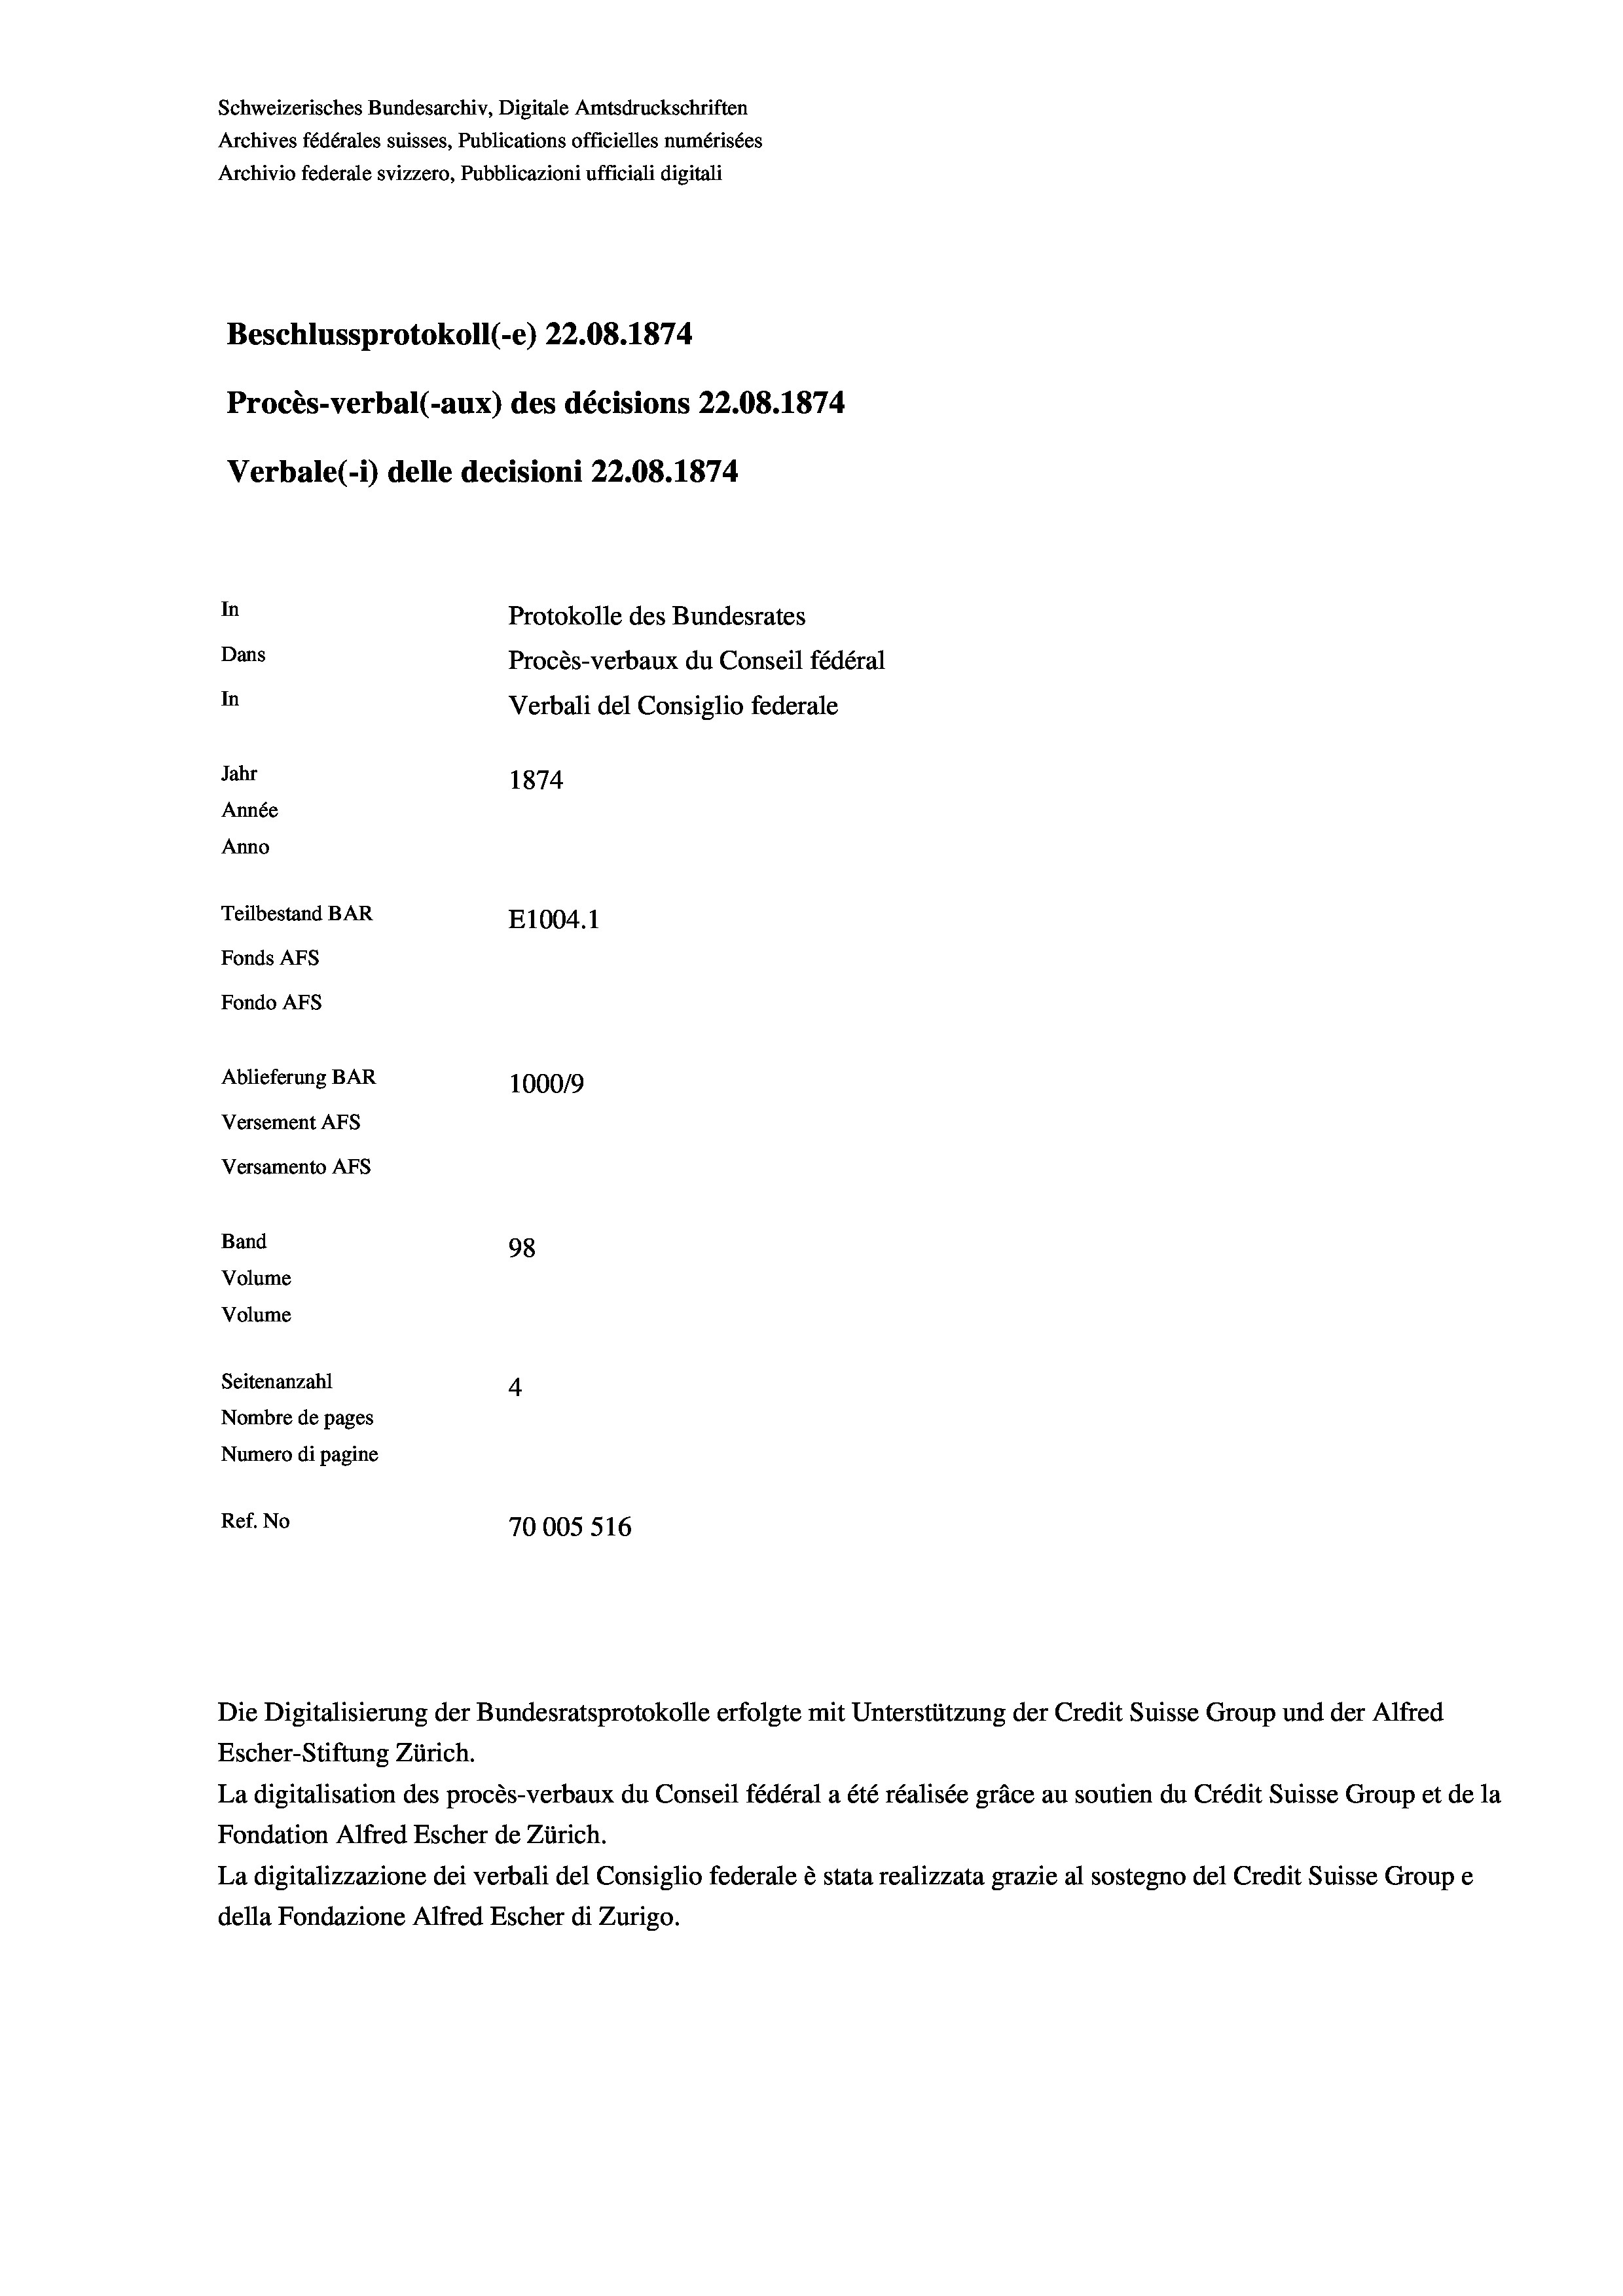
Schweizerisches Bundesarchiv, Digitale Amtsdruckschriften
Archives fédérales suisses, Publications officielles numérisées
Archivio federale svizzero, Pubblicazioni ufficiali digitali
Beschlussprotokoll (-e) 22.08. 1874
Procès-verbal (-aux) des décisions 22.08. 1874
Verbale (- 1) delle decisioni 22.08. 1874.
In
Protokolle des Bundesrates
Dans
Procès-verbaux du Conseil fédéral
In
Verbali del Consiglio federale
Jahr
1874
Année
Anno
Teilbestand BAR
E1004. 1
Fonds AFs
Fondo AFs
Ablieferung BAR
100019
Versement AFS
Versamento Afs

Band

98
Volume
Volume
Seitenanzahl
4
Nombre de pages
Numero di pagine
Ref. No
70005 516

Escher-Stiftung Zürich.
La digitalisation des procès-verbaux du Conseil fédéral a été réalisée gräce au soutien du Crédit Suisse Group et de la
Fondation Alfred Escher de Zürich.
La digitalizzazione dei verbali del Consiglio federale è stata realizzata grazie al sostegno del Credit Suisse Groupe
della Fondazione Alfred Escher di Zurigo.

Die Digitalisierung der Bundesratsprotokolle erfolgte mit Unterstützung der Credit Suisse Group und der Alfred